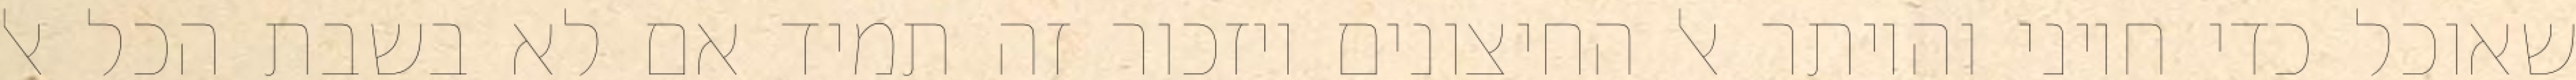
שאוכל כדי חיוני והיותר אל החיצונים ויזכור זה תמיד אם לא בשבת הכל אל